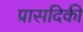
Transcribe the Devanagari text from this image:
प्रासदिकी